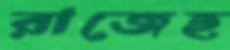
রাজেহ